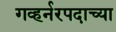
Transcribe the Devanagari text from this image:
गव्हर्नरपदाच्या